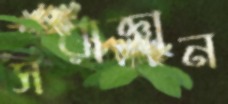
সরাজ্ঞান